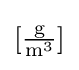
[{\tfrac {\mathrm {g} }{\mathrm {m} ^{3}}}]